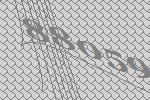
88059